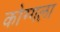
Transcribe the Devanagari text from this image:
कोग्गला